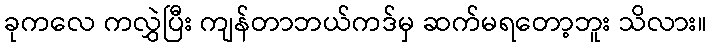
ခုကလေ ကလွှဲပြီး ကျန်တာဘယ်ကဒ်မှ ဆက်မရတော့ဘူး သိလား။